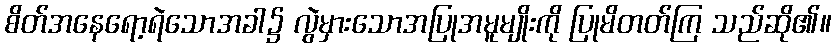
စိတ်အနေရော့ရဲသောအခါ၌ လွဲမှားသောအပြုအမူမျိုးကို ပြုမိတတ်ကြ သည်ဆို၏။